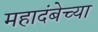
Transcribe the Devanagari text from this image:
महादंबेच्या